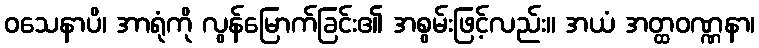
ဝသေနာပိ၊ အာရုံကို လွန်မြောက်ခြင်း၏ အစွမ်းဖြင့်လည်း။ အယံ အတ္ထဝဏ္ဏနာ၊